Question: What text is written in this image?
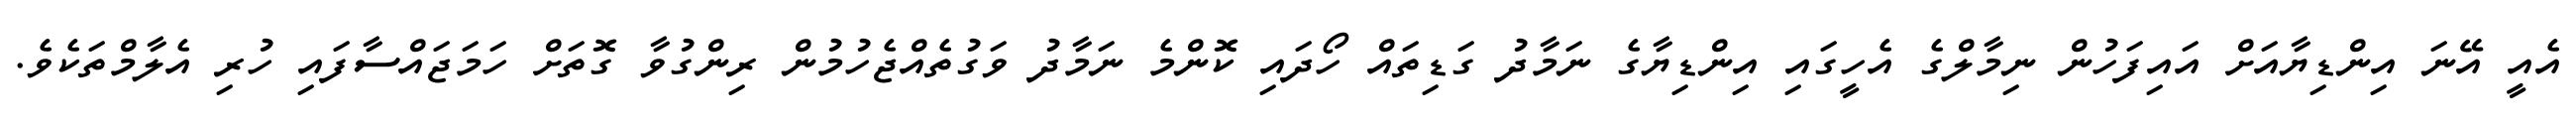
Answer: އެއީ އޭނަ އިންޑިޔާއަށް އައިފަހުން ނިމާލްގެ އެހީގައި އިންޑިޔާގެ ނަމާދު ގަޑިތައް ހޯދައި ކޮންމެ ނަމާދު ވަގުތެއްޖެހުމުން ރިންގުވާ ގޮތަށް ހަމަޖައްސާފައި ހުރި އެލާމްތަކެވެ.